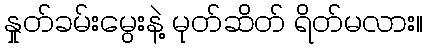
နှုတ်ခမ်းမွေးနဲ့ မုတ်ဆိတ် ရိတ်မလား။